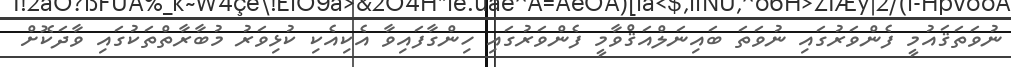
ނުވަތަޤައުމީ ފެންވަރުގައި ނުވަތަ ބައިނަލްއަޤްވާމީ ފެންވަރުގައި ހިންގާފައިވާ އެކިއެކި ކުޅިވަރު މުބާރާތްތަކުގައި ވާދަކޮށް